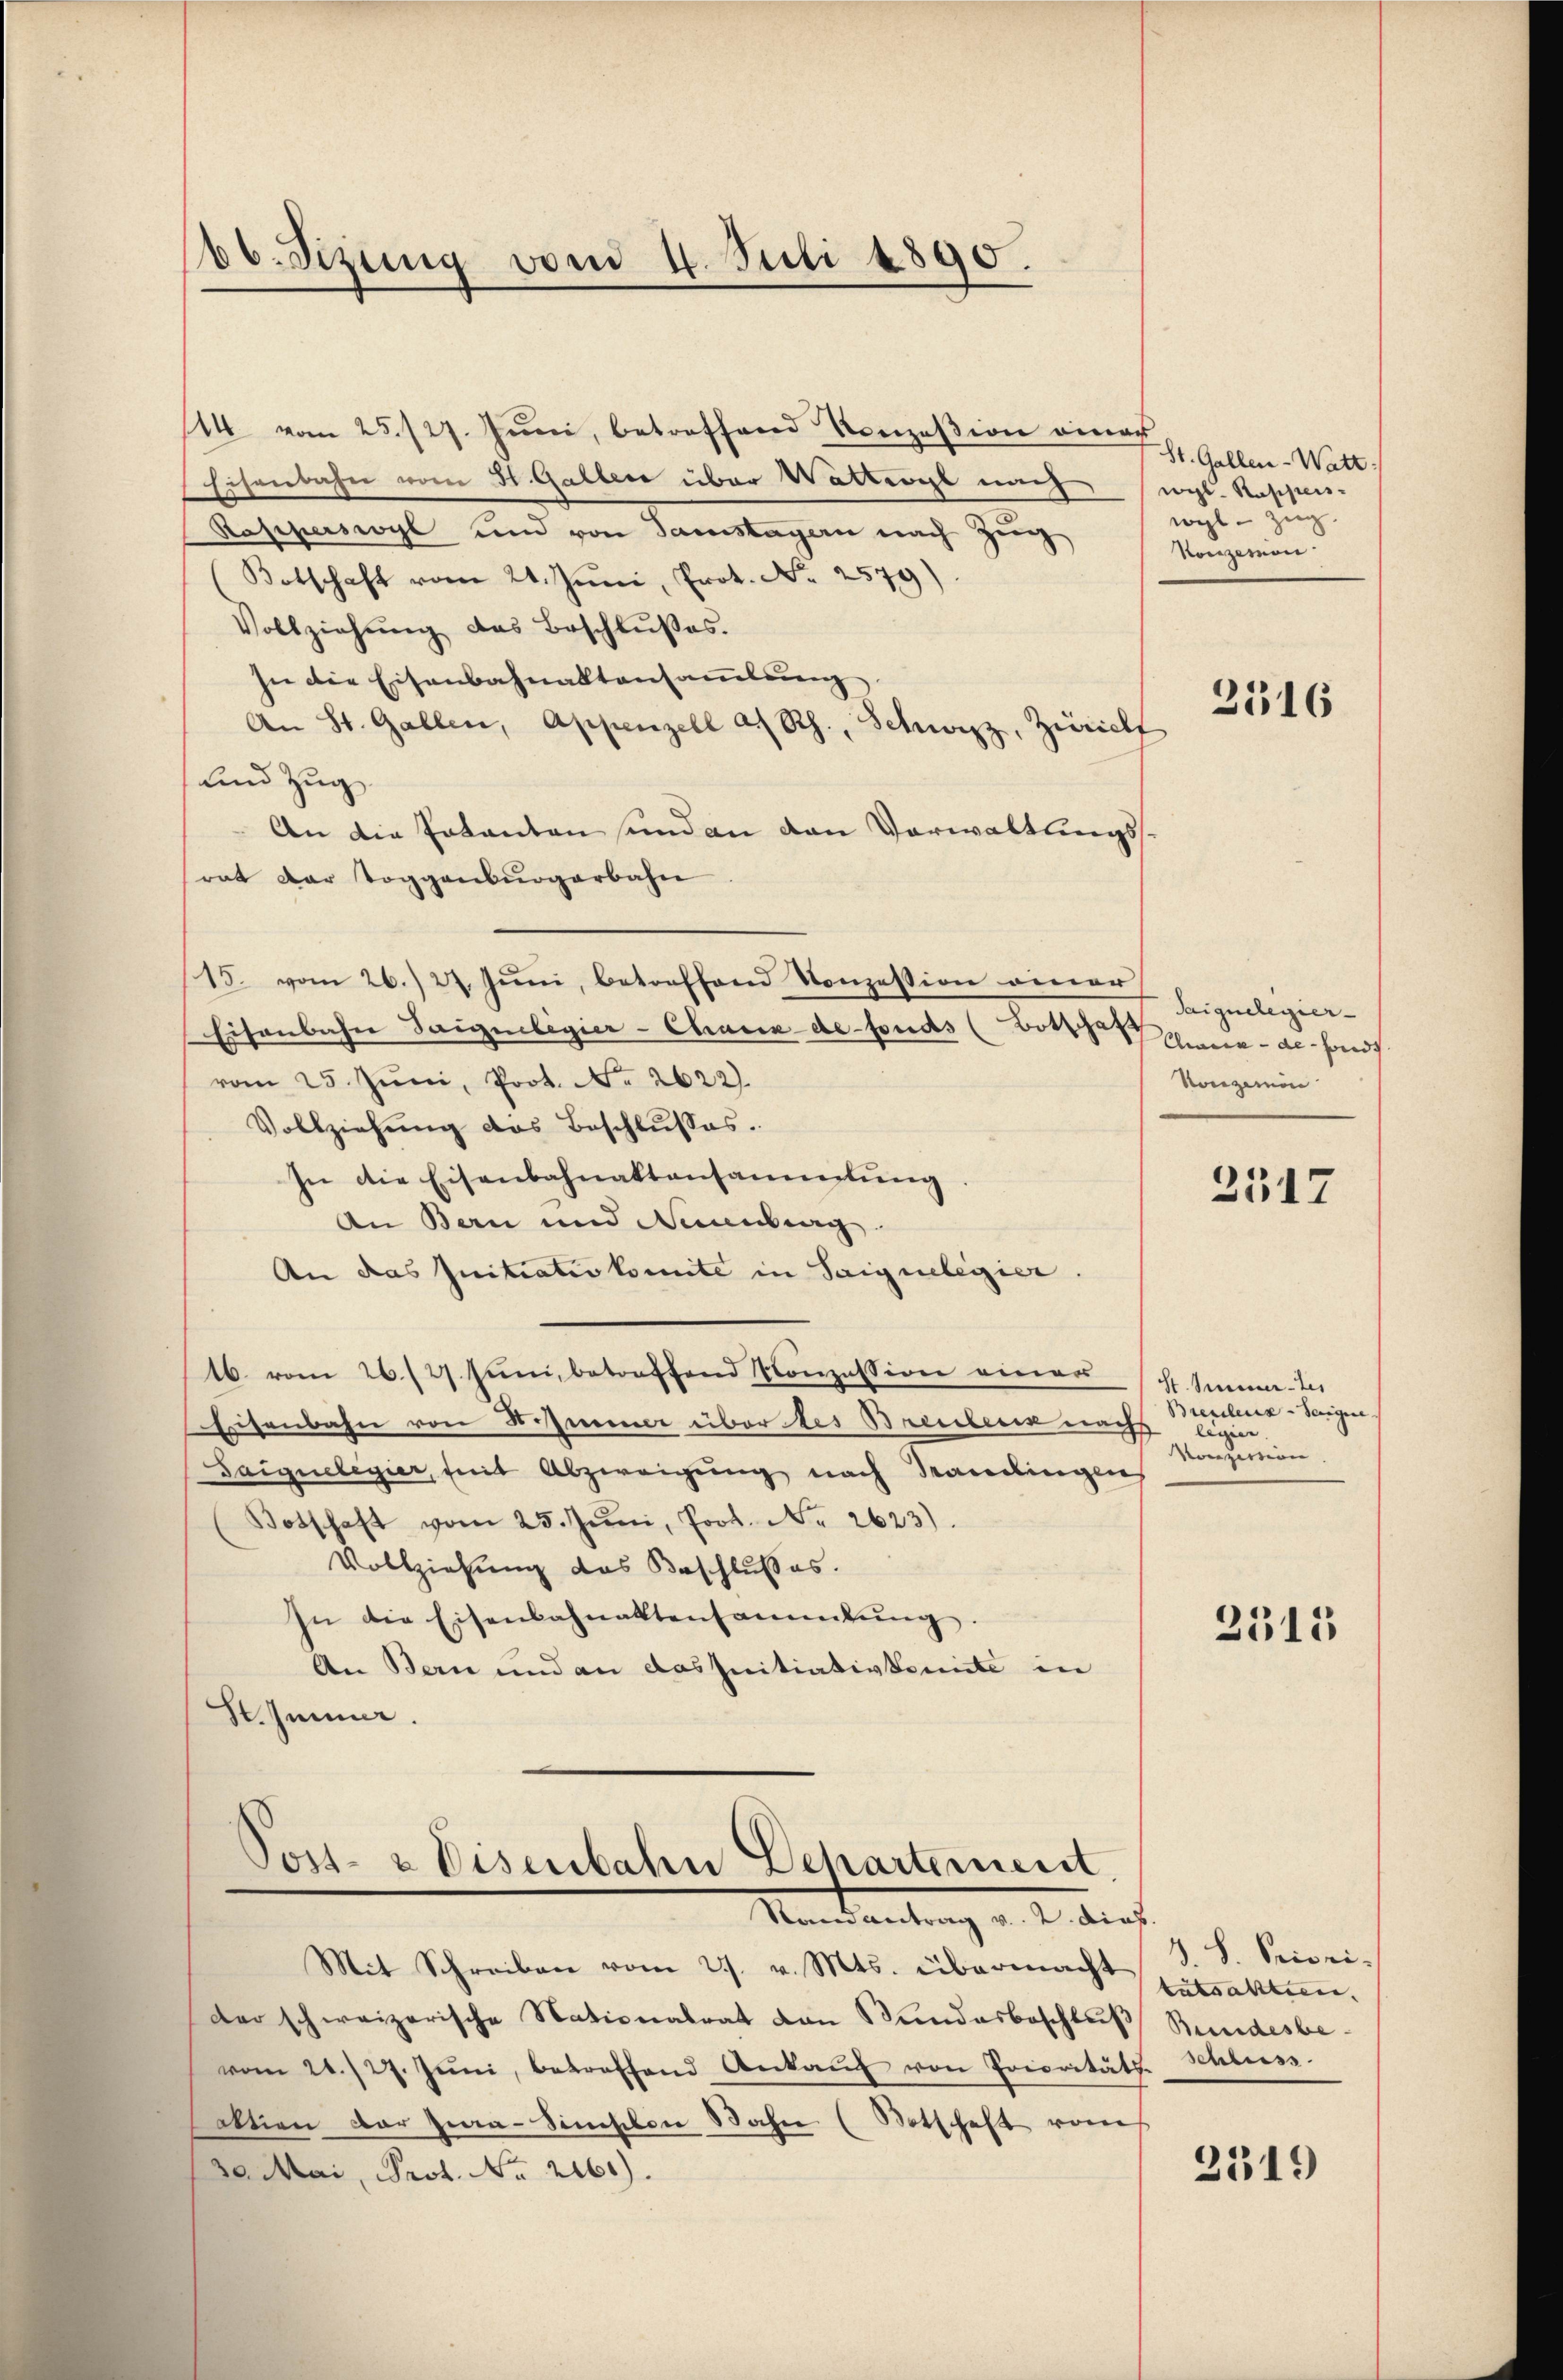
b.Sizung vom 4. Juli 1890.

/14 vom 25. 127. Juni, betreffend Konzesion einer
Eisenbahn vom 31. Galler über Wattwyl nach wil. Rappen-
Rasperswyl und von Samstagern nach Zug
Botschaft vom 21. Juni, Prot. No. 2579)
Vollziehŭng das Beschlŭβes.
In die Eisenbahnaltansammlung
An St. Gallen, Appenzell a. Rh., Schwyz, Zürich
und Zug
An die Totanten sind an den Verwaltungsrat der Toggenburgerbahn
15. vom 26. 27. Juni, betreffend Konzession einer
Eisenbahn Saignibigier-Chaux-de-Fonds (Bothser Gerade sond
vom 25. Juni, Prot. No. 2622.
Vollziehung des Beschlusses.
In die Eisenbahnaktansammlung
An Bern und Neuenburg.
An das Initiativkomite in Saignelegier.
16. vom 26./27. Juni, betreffend Konzession einer
Eisenbahn von Schiener über des Breiteren nachs
Saiguelegier, mit Abzweigung nach Ramelingen
Botschaft vom 25. Jŭni, Prot. Nr. 2623).
Vollziehung das Beschlußes.
In die Eisenbahnaktensammlung.
An Bern und an das Initiativkomite in
St. Jenne.

Post- & Eisenbahn Departement.
Randantrag v. 2. dies
Mit Schreiben vom 27. v. Mts. übermacht

St. Gallen-Watt
wohl - Zug.
Konzerein

der schweizerische Nationalrat von Bundesbeschluß
vom 21./27. Jŭni, betreffend Ankaŭf von Prioritäts-Schluss.
altion der Zwa-Sinisten Bahn (Notschaft vom
30. Mai, Prof. No. 2160).

2316

Saiguelegier
Nonzerin

3517

St. Sinner-Zei
Breuleux-Saigne.
e
Vonzertion

2315

3519

d. S. Priori-
tutsalten.
Bundesbe-